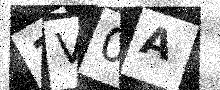
Text: 1V0A